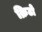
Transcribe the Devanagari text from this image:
क्रिटो